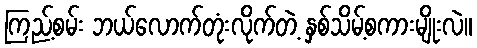
ကြည့်စမ်း ဘယ်လောက်တုံးလိုက်တဲ့ နှစ်သိမ့်စကားမျိုးလဲ။